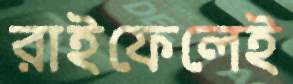
রাইফেলেই